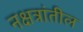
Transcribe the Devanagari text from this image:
नक्षत्रांतील